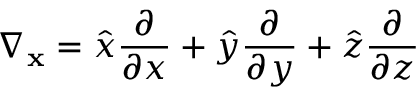
\nabla _ { \mathbf { x } } = { \hat { x } } { \frac { \partial } { \partial x } } + { \hat { y } } { \frac { \partial } { \partial y } } + { \hat { z } } { \frac { \partial } { \partial z } }